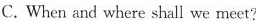
C.When and where shall we meet?